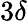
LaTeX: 3\delta